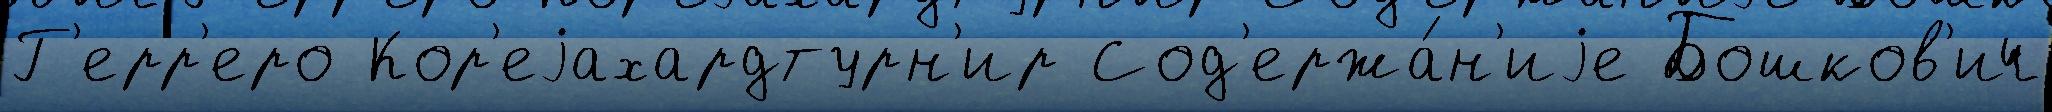
Г'ерр'еро Кор'еjахардтурн'ир Сод'ержа́н'иjе Бошков'ич